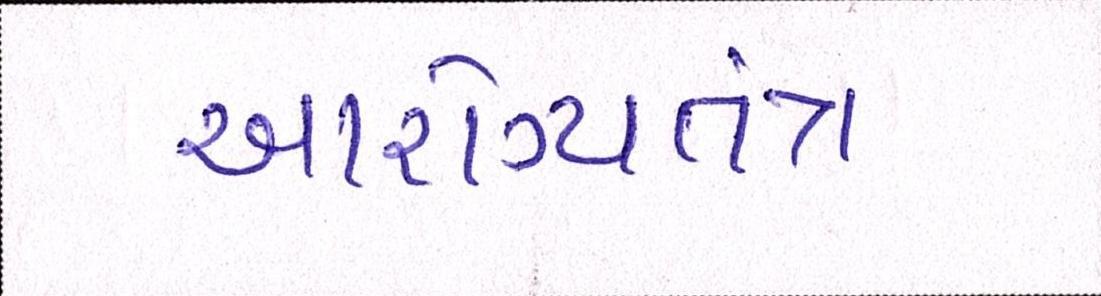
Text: આરોગ્યતંત્ર